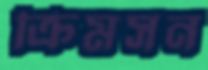
ক্রিমসন